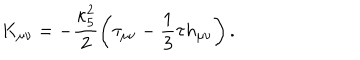
LaTeX: K _ { \mu \nu } = - \frac { \kappa _ { 5 } ^ { 2 } } { 2 } \left( \tau _ { \mu \nu } - \frac { 1 } { 3 } \tau h _ { \mu \nu } \right) .